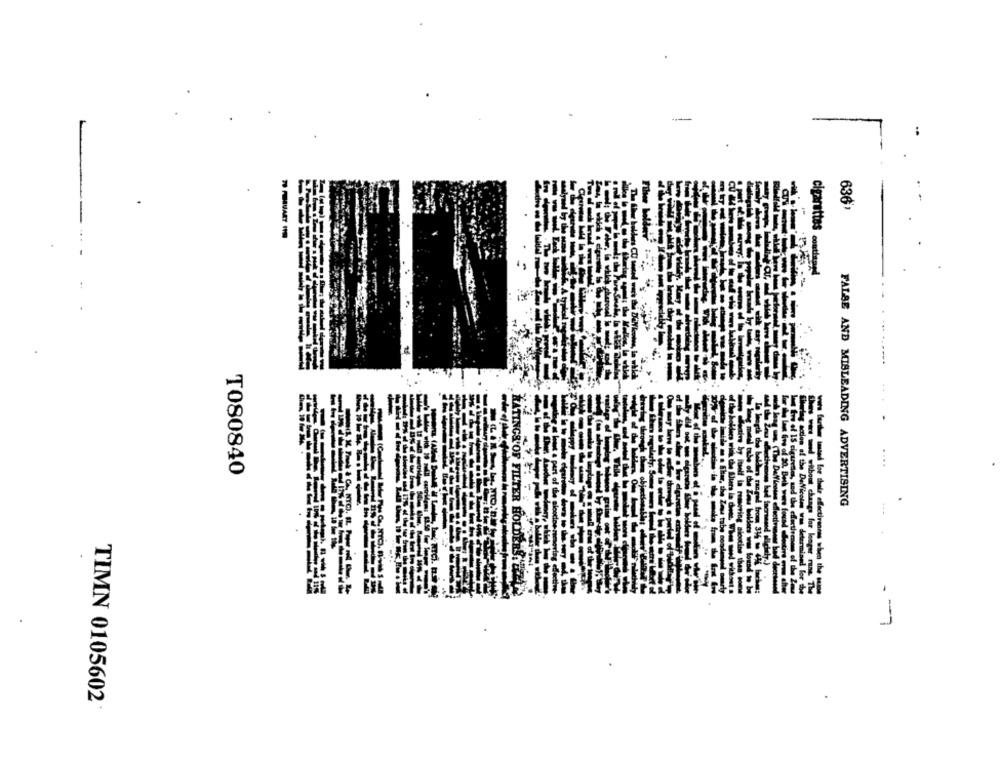
636
cigarettes
T080840
FALSE AND MISLEADING ADVERTISING
HATINGS'OF FILTER HOLDERS
- -- 7
TIMN 0105602